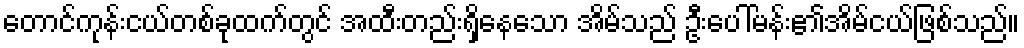
တောင်ကုန်းငယ်တစ်ခုထက်တွင် အထီးတည်းရှိနေသော အိမ်သည် ဦးပေါ်မန်း၏အိမ်ငယ်ဖြစ်သည်။